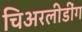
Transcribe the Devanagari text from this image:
चिअरलीडींग